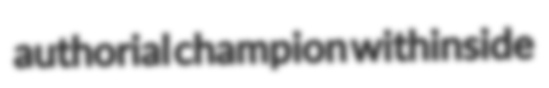
authorial champion withinside